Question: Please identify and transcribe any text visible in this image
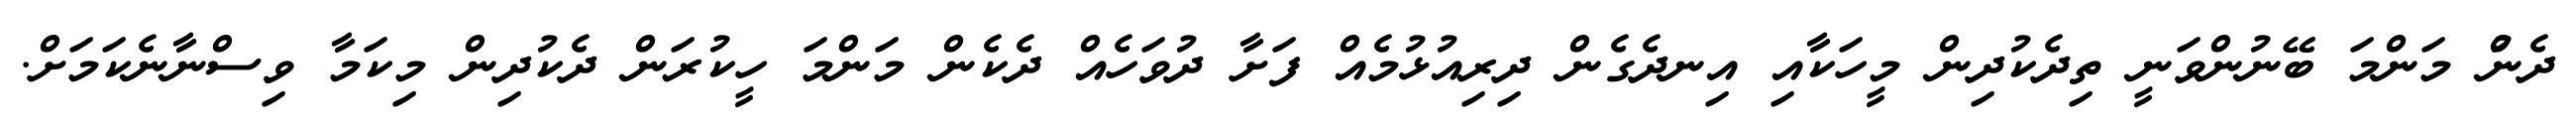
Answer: ދެންު މަންމަ ބޭނުންވަނީ ތިދެކުދިން މީހަކާއި އިނދެގެން ދިރިއުޅުމެއް ފަށާ ދުވަހެއް ދެކެން މަންމަ ހީކުރަން ދެކުދިން މިކަމާ ވިސްނާނެކަމަށް.